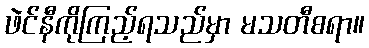
ဖဲင်နီကိုကြည့်ရသည်မှာ မသတီစရာ။